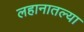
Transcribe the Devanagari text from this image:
लहानातल्या